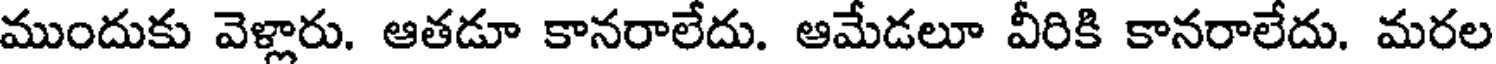
ముందుకు వెళ్లారు. ఆతడూ కానరాలేదు. ఆమేడలూ వీరికి కానరాలేదు. మరల